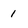
Character: 1